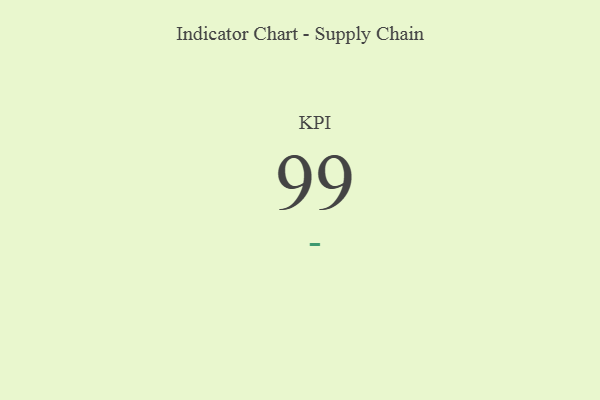
{"axis": {"x": "KPI", "y": "Value"}, "legend": [""], "data": [{"x": "KPI", "y": 99, "type": ""}]}